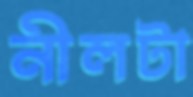
নীলটা